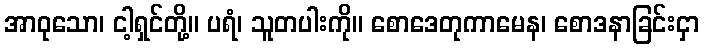
အာဝုသော၊ ငါ့ရှင်တို့။ ပရံ၊ သူတပါးကို။ စောဒေတုကာမေန၊ စောဒနာခြင်းငှာ